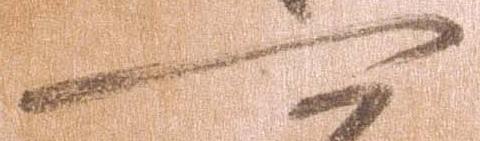
可